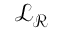
\mathcal { L } _ { \mathcal { R } }